Vaccination United Provinces of Agra and Oudh 1914-1922 - 1914-1922
Year: 1914
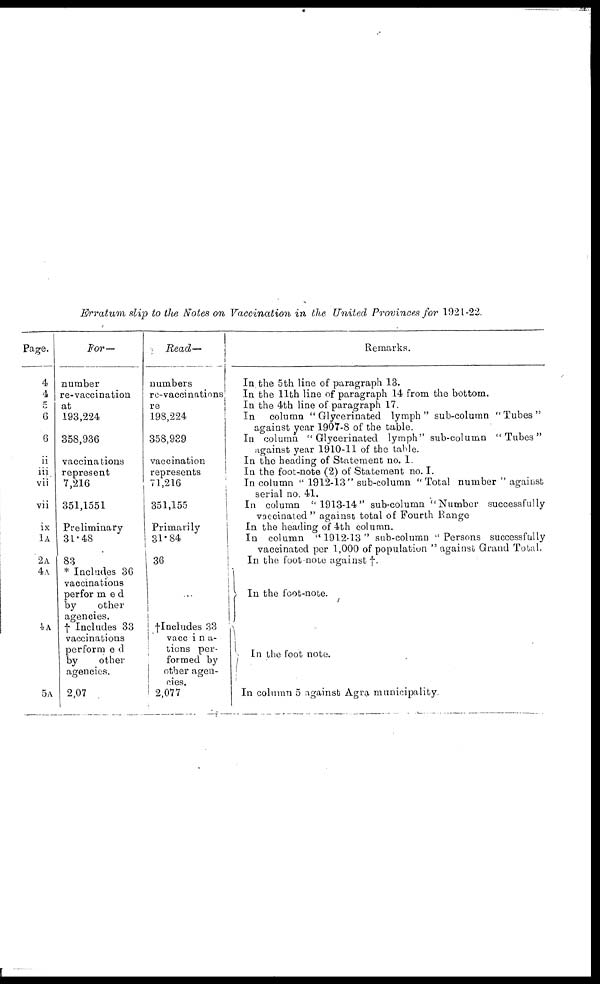
Erratum slip to the Notes on Vaccination in the United Provinces for 1921-22.
Page.
4
4
5
6
6
ii
iii
vii
vii
ix
1A
2A
4A
4A
5A
For—
number
re-vaccination
at
193,224
358,936
vaccinations
represent
7,216
351,1551
Preliminary
31.48
83
* Includes 36
vaccinations
performed
by
other
agencies.
† Includes 33
vaccinations
performed
by
other
agencies.
2,07
Read—
numbers
re-vaccinations
re
198,224
358,939
vaccination
represents
71,216
351,155
Primarily
31-84
36
...
†Includes 33
vaccina-
tiens per-
formed by
other agen-
cies.
2,077
Remarks.
In the 5th line of paragraph 13.
In the 11th line of paragraph 14 from the bottom.
In the 4th line of paragraph 17.
In
column " Glycerinated lymph" sub-column "Tubes"
against year 1907-8 of the table.
In column "Glyccrinated lymph" sub-column "Tubes"
against year 1910-11 of the table.
In the heading of Statement no. I.
In the foot-note (2) of Statement no. I.
In column " 1912-13" sub-column "Total number " against
serial no. 41.
In column "1913-14" sub-column "Number successfully
vaccinated " against total of Fourth Range
In the heading of 4th column.
In column "1912-13" sub-column "Persons successfully
vaccinated per 1,000 of population "against Grand Total.
In the foot note against †.
In the foot-note.
In the foot note.
In column 5 against Agra municipality.